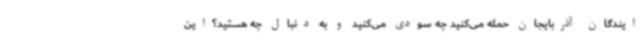
ایندگان آذربایجان حمله می‌کنید چه سودی می‌کنید و به دنبال چه هستید؟این